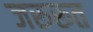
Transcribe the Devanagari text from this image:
जरूरूत